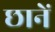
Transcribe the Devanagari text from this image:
छानें